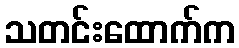
သတင်းထောက်က